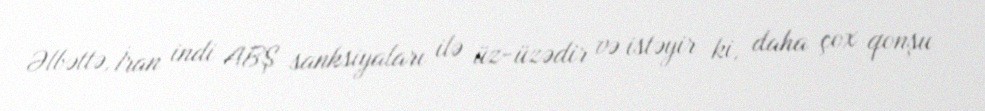
Əlbəttə, İran indi ABŞ sanksiyaları ilə üz-üzədir və istəyir ki, daha çox qonşu